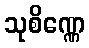
သုစိဏ္ဏေ